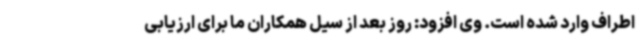
اطراف وارد شده است. وی افزود: روز بعد از سیل همکاران ما برای ارزیابی